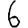
Digit: 6